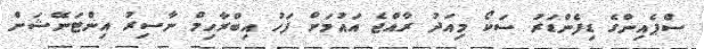
ސްޕެއިންގެ ޑިފެންޑަރު ސަކޯ މިއަދު ރާއްޖެ އައުމަށް ފަހު އިބްރާހިމް ނާސިރު އިންޓަނޭޝަން